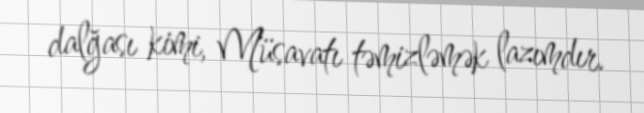
dalğası kimi, Müsavatı təmizləmək lazımdır.